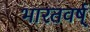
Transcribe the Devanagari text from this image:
भारतवर्ष्